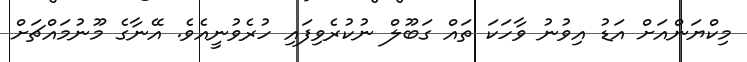
މިކްޔަންއަށް އަޑު އިވުނު ވާހަކަ ތައް ގަބޫލް ނުކުރެވިފައި ހުރެވުނީއެވެ. އޭނާގެ މޫނުމައްޗަށް